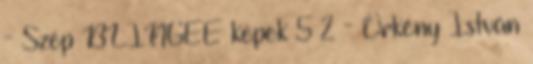
- Szép BLINGEE képek 5 2 - Örkény István